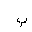
Letter: _ba